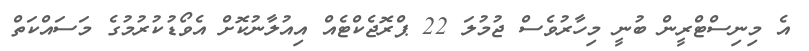
އެ މިނިސްޓްރީން ބުނީ މިހާރުވެސް ޖުމުލަ 22 ޕްރޮޖެކްޓެއް އިއުލާނުކޮށް އެވޯޑުކުރުމުގެ މަސައްކަތް